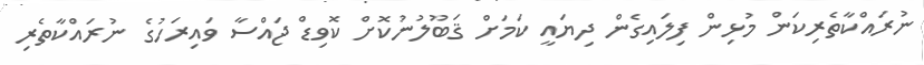
ނުރައްކާތެރިކަން މުޅިން ފިލައިގެން ދިޔައީ ކަމަށް ޤަބޫލުނުކޮށް ކޮވިޑް ޖައްސާ ވައިރަހުގެ ނުރައްކާތެރި